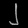
Digit: ၂